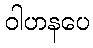
ဝါဟနပေ